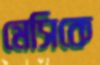
মেসিকে